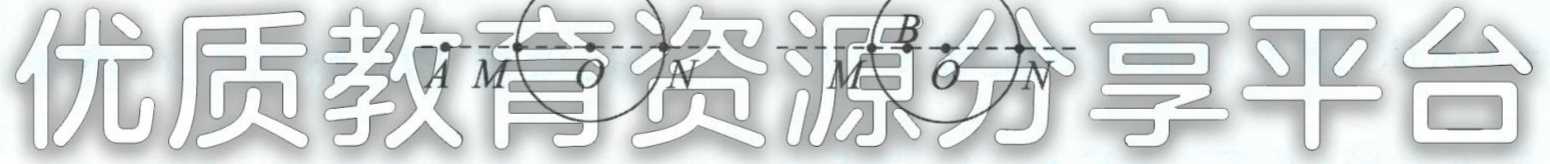
优质教育资源分享平台